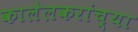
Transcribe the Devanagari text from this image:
कालेलकरांच्या